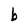
Character: b